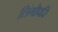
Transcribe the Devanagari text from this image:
लिंगोपरि